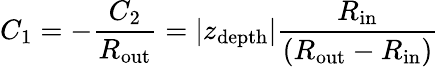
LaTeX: C_{1}=-\frac{C_{2}}{R_{\mathrm{out}}}=\vert z_{\mathrm{depth}}\vert\frac{R_{\mathrm{in}}}{\left(R_{\mathrm{out}}-R_{\mathrm{in}}\right)}